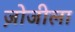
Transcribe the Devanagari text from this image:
ज़ोजीला